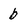
Character: b